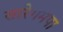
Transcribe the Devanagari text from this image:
सारेगमपा